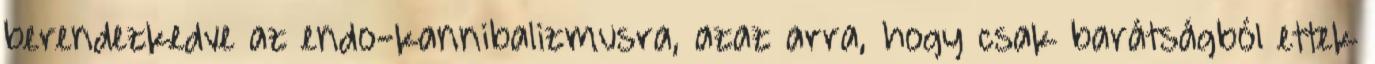
berendezkedve az endo-kannibalizmusra, azaz arra, hogy csak barátságból ettek